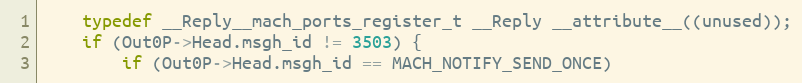
Language: C
	typedef __Reply__mach_ports_register_t __Reply __attribute__((unused));
	if (Out0P->Head.msgh_id != 3503) {
	    if (Out0P->Head.msgh_id == MACH_NOTIFY_SEND_ONCE)